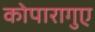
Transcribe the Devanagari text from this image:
कोपारागुए